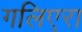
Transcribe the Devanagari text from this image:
गलिएरा